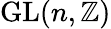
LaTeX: \operatorname{GL}(n,\mathbb{Z})